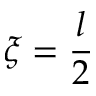
\xi = \frac l 2